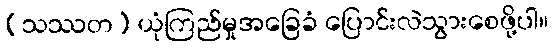
(သဿတ) ယုံကြည်မှုအခြေခံ ပြောင်းလဲသွားစေဖို့ပါ။